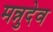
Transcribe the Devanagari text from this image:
मन्नुदेव